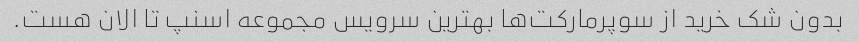
بدون شک خرید از سوپرمارکت‌ها بهترین سرویس مجموعه اسنپ تا الان هست.